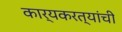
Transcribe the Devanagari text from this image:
कार्यकरत्यांची